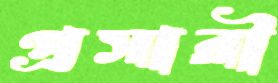
প্রসারী